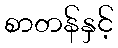
စာတန်နှင့်